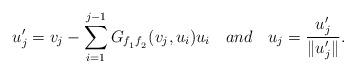
LaTeX: \begin{align*}u'_j=v_j-\sum_{i=1}^{j-1}G_{f_{_1}f_{_2}}(v_j,u_i)u_i \hskip 0.4cm and \hskip 0.4 cm u_j=\frac{u'_j}{\|u'_j\|}.\end{align*}